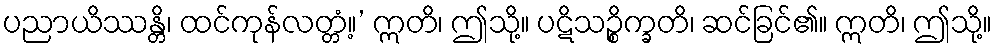
ပညာယိဿန္တိ၊ ထင်ကုန်လတ္တံ့။’ ဣတိ၊ ဤသို့။ ပဋိသဉ္စိက္ခတိ၊ ဆင်ခြင်၏။ ဣတိ၊ ဤသို့။